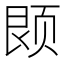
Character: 𫖱